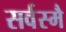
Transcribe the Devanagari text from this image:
सर्वस्मै